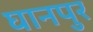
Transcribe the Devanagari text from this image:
घानपुर